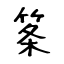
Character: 筿